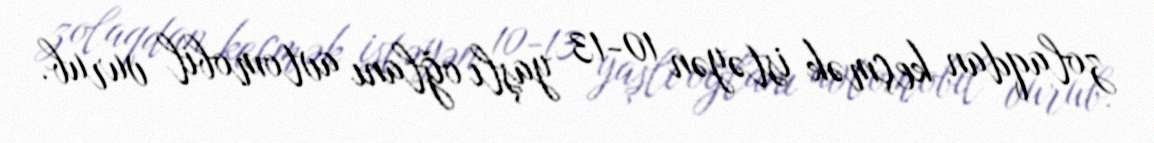
zolaqdan keçmək istəyən 10-13 yaşlı oğlanı avtomobil vurub.